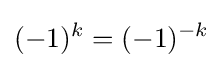
(-1)^{k}=(-1)^{-k}